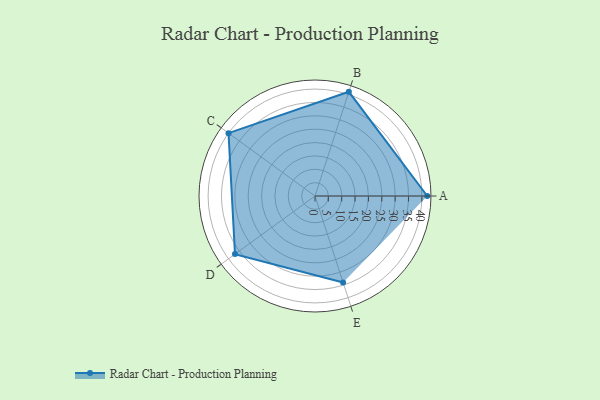
{"axis": {"x": "Skill", "y": "Score"}, "legend": ["Profile"], "data": [{"x": "A", "y": 42.0, "type": "Profile"}, {"x": "B", "y": 41.0, "type": "Profile"}, {"x": "C", "y": 40.0, "type": "Profile"}, {"x": "D", "y": 37.0, "type": "Profile"}, {"x": "E", "y": 34.0, "type": "Profile"}]}